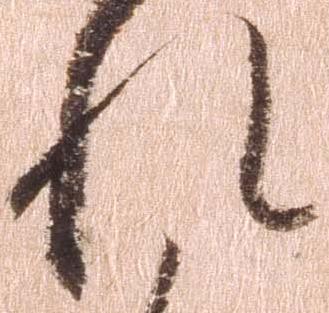
れ